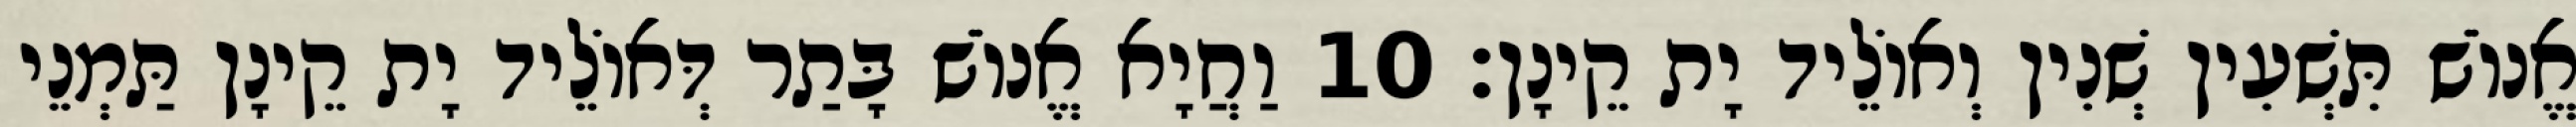
אֱנוֹשׁ תִּשְׁעִין שְׁנִין וְאוֹלֵיד יָת קֵינָן׃ 10 וַחֲיָא אֱנוֹשׁ בָּתַר דְּאוֹלֵיד יָת קֵינָן תַּמְנֵי